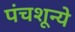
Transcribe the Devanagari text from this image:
पंचशून्ये